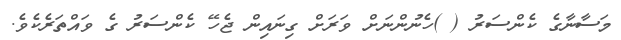
މަސާނާގެ ކެންސަރު ( )ހެނުންނަށް ވަރަށް ގިނައިން ޖެހޭ ކެންސަރު ގެ ވައްތަރެކެވެ.